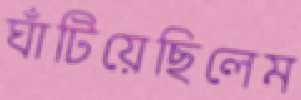
ঘাঁটিয়েছিলেম